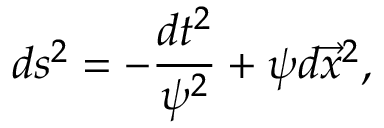
d s ^ { 2 } = - \frac { d t ^ { 2 } } { \psi ^ { 2 } } + \psi d \vec { x } ^ { 2 } ,